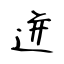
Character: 迸